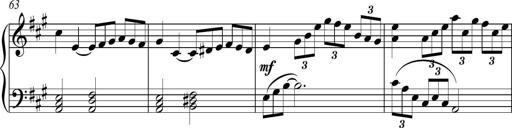
Title: Piano Sonatina in A major
Composer: Z Q Sysmoebius
Key: A major